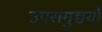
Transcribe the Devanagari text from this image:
उपसमुच्चर्यों